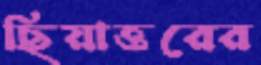
ছিয়াত্তরের